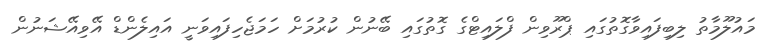
މައުލޫމާތު ލިބިފައިވާގޮތުގައި ޕްރޫވިން ފްލައިޓްގެ ގޮތުގައި ބޭނުން ކުރުމަށް ހަމަޖެހިފައިވަނީ އައިލެންޑް އޭވިއޭޝަނުން